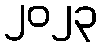
၂၀၂၃